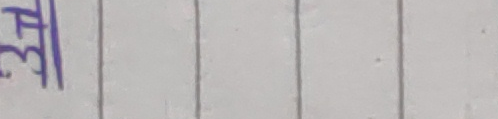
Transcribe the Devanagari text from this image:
३१ ला